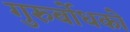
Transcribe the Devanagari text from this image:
गुरुर्बोधको